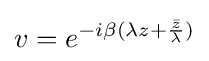
v=e^{-i\beta (\lambda z+{\frac {\bar {z}}{\lambda }})}